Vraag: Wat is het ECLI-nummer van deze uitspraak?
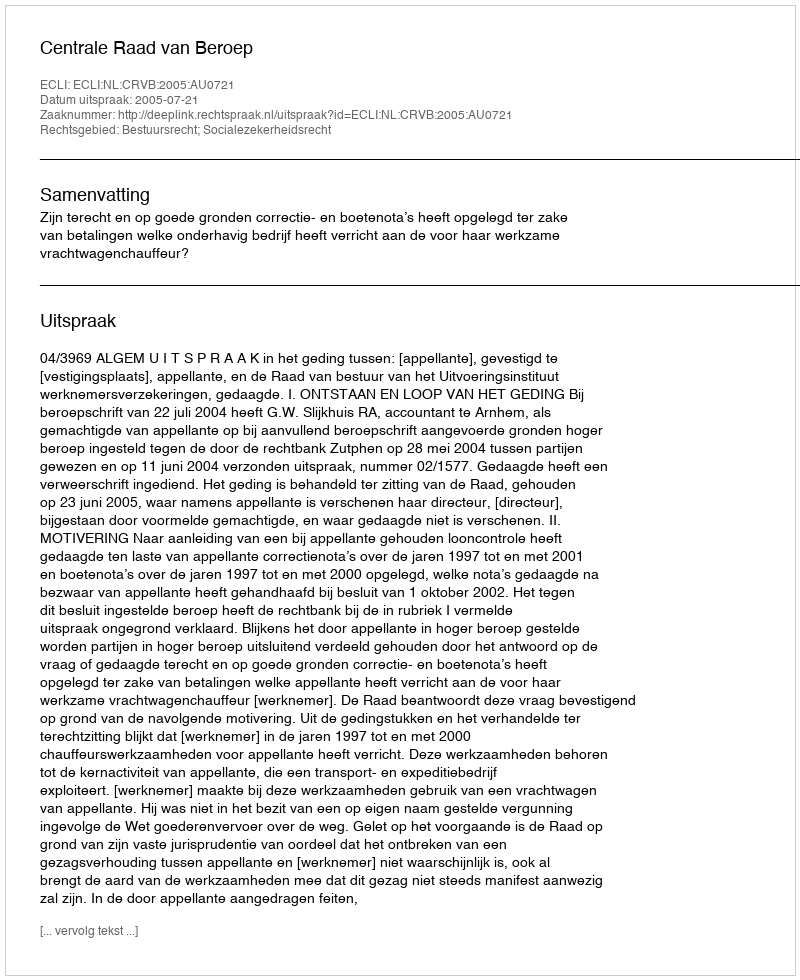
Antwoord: ECLI:NL:CRVB:2005:AU0721